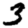
Digit: 3